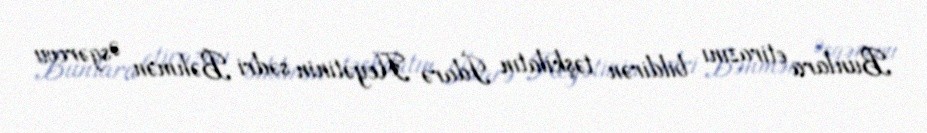
Bunlara etirazını bildirən təşkilatın İdarə Heyətinin sədri Bəhmən Əsgərovu